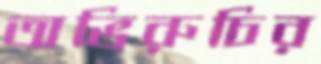
অভিরুচির